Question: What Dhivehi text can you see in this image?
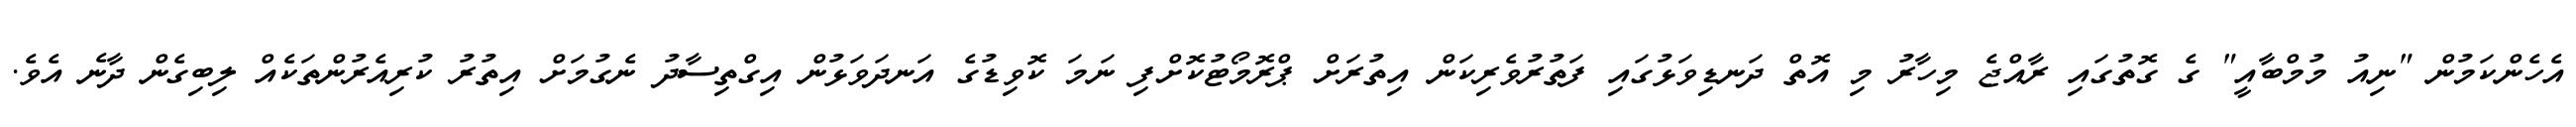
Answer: އެހެންކަމުން "ނިއު މުމްބާއީ" ގެ ގޮތުގައި ރާއްޖެ މިހާރު މި އޮތް ދަނޑިވަޅުގައި ފަތުރުވެރިކަން އިތުރަށް ޕްރޮމޯޓުކޮށްފި ނަމަ ކޮވިޑުގެ އަނދަވަޅުން އިގްތިސާދު ނެގުމަށް އިތުރު ކުރިއެރުންތަކެއް ލިބިގެން ދާނެ އެވެ.